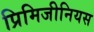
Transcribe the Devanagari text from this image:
प्रिमिजीनियस